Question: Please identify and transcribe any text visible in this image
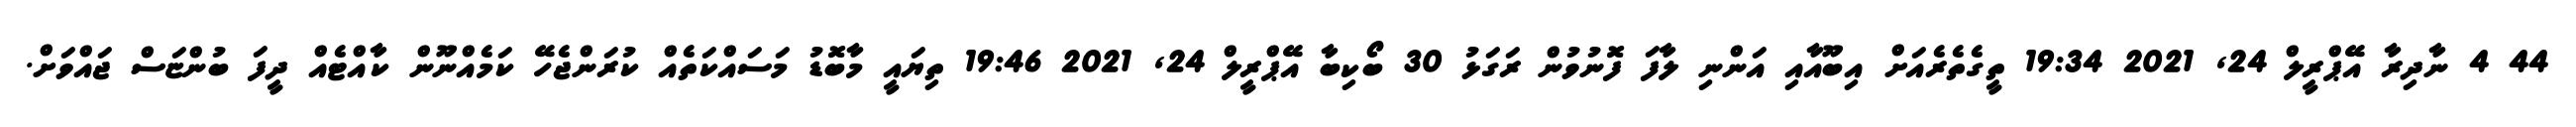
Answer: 44 4 ނާދިރާ އޭޕްރީލް 24, 2021 19:34 ތީގެތެރެއަށް އިބޫއާއި އަންނި ލާފަ ފޮނުވުން ރަގަޅު 30 ބޯކިބާ އޭޕްރީލް 24, 2021 19:46 ތިޔައީ މާބޮޑު މަސައްކަތެއް ކުރަންޖެހޭ ކަމެއްނޫން ކާއްޓެއް ދީފަ ބުންޏަސް ޖައްވަށް.